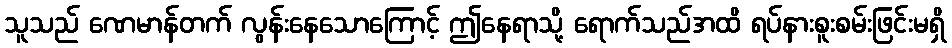
သူသည် ဏေမာန်တက် လွန်းနေသောကြောင့် ဤနေရာသို့ ရောက်သည်အထိ ရပ်နားစူးစမ်းဖြင်းမရှိ